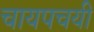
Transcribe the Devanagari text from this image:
चायपचयी